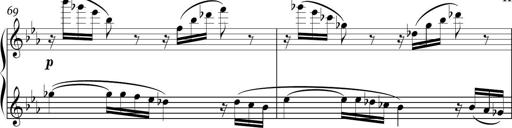
Title: Sonatina in E minor
Composer: Shuwen Zhang
Key: E minor